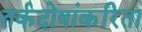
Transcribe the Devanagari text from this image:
तर्कदोषांकरिता